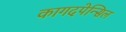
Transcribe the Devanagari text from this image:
कागदपेन्सिल